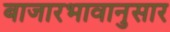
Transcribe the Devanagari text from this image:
बाजारभावानुसार